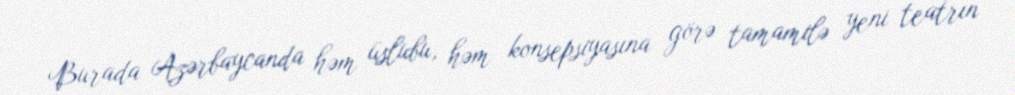
Burada Azərbaycanda həm üslubu, həm konsepsiyasına görə tamamilə yeni teatrın